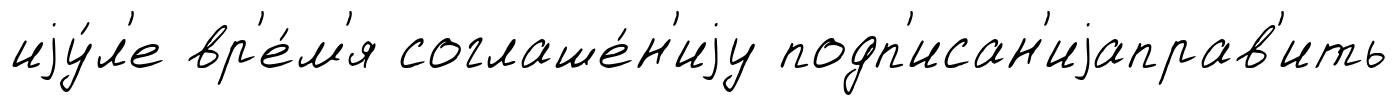
иjу́л'е вр'е́м'я соглаше́н'иjу подп'исан'иjаправ'ить